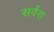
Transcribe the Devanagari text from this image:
सर्वरा